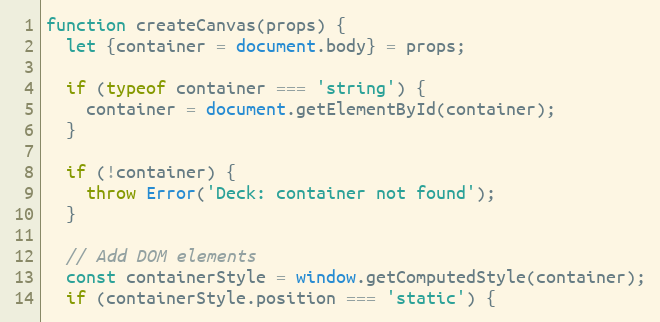
Language: JavaScript
function createCanvas(props) {
  let {container = document.body} = props;

  if (typeof container === 'string') {
    container = document.getElementById(container);
  }

  if (!container) {
    throw Error('Deck: container not found');
  }

  // Add DOM elements
  const containerStyle = window.getComputedStyle(container);
  if (containerStyle.position === 'static') {